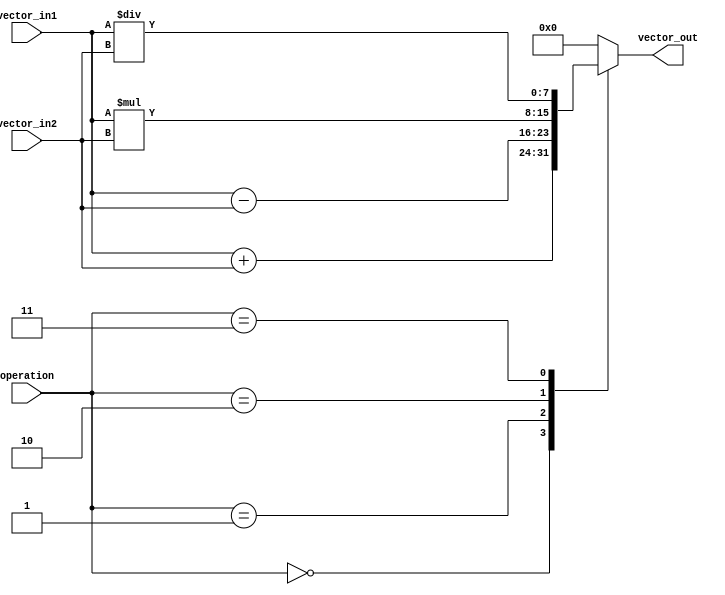
module vector_alu (
    input [7:0] vector_in1,
    input [7:0] vector_in2,
    input [2:0] operation,
    output reg [7:0] vector_out
);

always @(*)
begin
    case(operation)
        3'b000: vector_out = vector_in1 + vector_in2; // Addition operation
        3'b001: vector_out = vector_in1 - vector_in2; // Subtraction operation
        3'b010: vector_out = vector_in1 * vector_in2; // Multiplication operation
        3'b011: vector_out = vector_in1 / vector_in2; // Division operation
        // Add more cases for additional operations (bitwise operations, shifts, etc.)
        default: vector_out = 8'b00000000; // Default to zero output
    endcase
end

endmodule